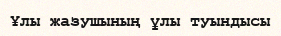
Ұлы жазушының ұлы туындысы